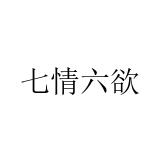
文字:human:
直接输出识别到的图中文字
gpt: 七情六欲